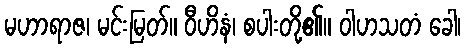
မဟာရာဇ၊ မင်းမြတ်။ ဝီဟိနံ၊ စပါးတို့၏။ ဝါဟသတံ ခေါ၊